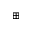
\boxplus